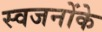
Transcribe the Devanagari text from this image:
स्वजनोंके